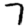
Digit: 7